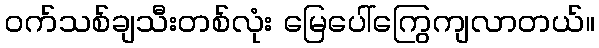
၀က်သစ်ချသီးတစ်လုံး မြေပေါ်ကြွေကျလာတယ်။